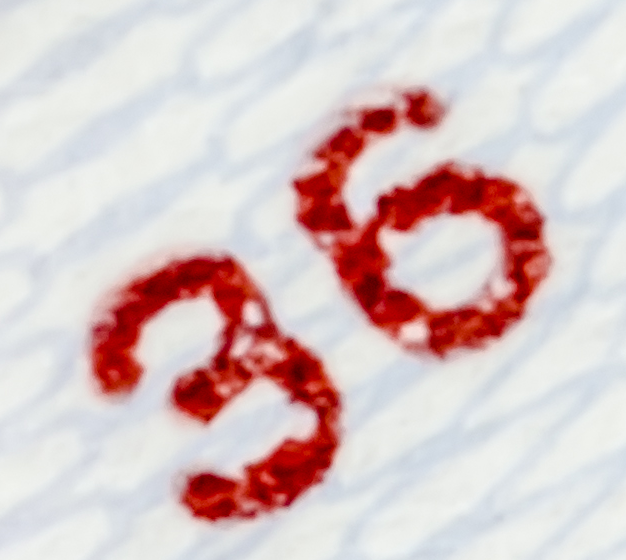
36